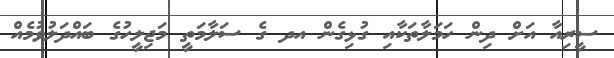
ސީރިއާ އަށް ދިން ހަމަލާތަކާއި ގުޅިގެން އދ ގެ ސަލާމަތީ މަޖިލީހުގެ ބައްދަލުވުމެއް